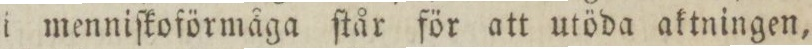
i menniſkoförmåga ſtår för att utöda aktningen,